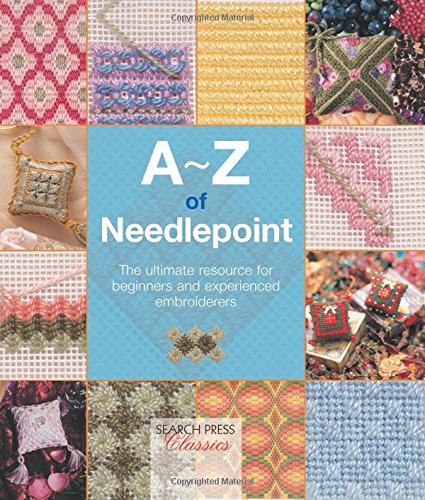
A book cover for A-Z of Needlepoint (A-Z of Needlecraft); Crafts, Hobbies & Home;